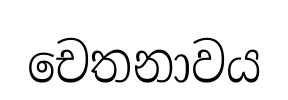
චෙතනාවය